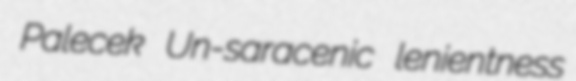
Palecek Un-saracenic lenientness